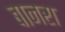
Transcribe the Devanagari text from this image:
बानरा